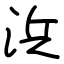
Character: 浜